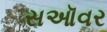
સઑવર